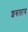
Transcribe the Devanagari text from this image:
शबलाय